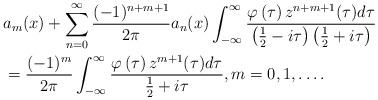
LaTeX: \begin{align*}& a_{m}(x)+\sum_{n=0}^{\infty}\frac{(-1)^{n+m+1}}{2\pi}a_{n}(x)\int_{-\infty}^{\infty}\frac{\varphi\left( \tau\right) z^{n+m+1}(\tau)d\tau}{\left(\frac{1}{2}-i\tau\right) \left( \frac{1}{2}+i\tau\right) }\\& =\frac{(-1)^{m}}{2\pi}\int_{-\infty}^{\infty}\frac{\varphi\left(\tau\right) z^{m+1}(\tau)d\tau}{\frac{1}{2}+i\tau},m=0,1,\ldots.\end{align*}